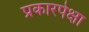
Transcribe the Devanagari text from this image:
प्रकारपेक्षा